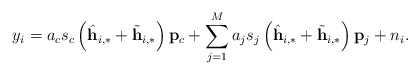
\begin{align*} y_i=a_c s_c\left(\hat{\mathbf{h}}_{i,*}+\tilde{\mathbf{h}}_{i,*}\right)\mathbf{p}_c+\sum_{j=1}^{M}a_j s_j \left(\hat{\mathbf{h}}_{i,*}+\tilde{\mathbf{h}}_{i,*}\right)\mathbf{p}_j+ n_i.\end{align*}